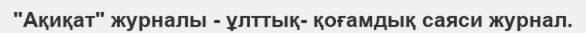
"Ақиқат" журналы - ұлттық- қоғамдық саяси журнал.